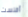
أفلست